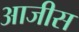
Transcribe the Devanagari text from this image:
आजीस